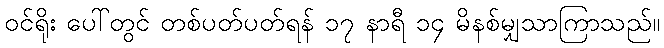
ဝင်ရိုး ပေါ်တွင် တစ်ပတ်ပတ်ရန် ၁၇ နာရီ ၁၄ မိနစ်မျှသာကြာသည်။